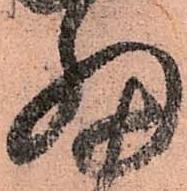
細